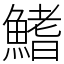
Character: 鰭